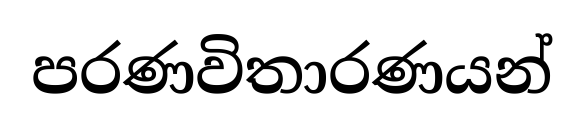
පරණවිතාරණයන්